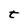
Character: t